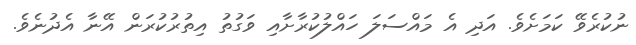
ނުކުރެވޭ ކަމަށެވެ. އަދި އެ މައްސަލަ ހައްލުކުރާށާއި ވަގުތު އިތުރުކުރަން އޭނާ އެދުނެވެ.